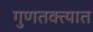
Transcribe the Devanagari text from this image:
गुणतक्त्यात